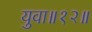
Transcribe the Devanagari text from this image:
युवा॥१२॥